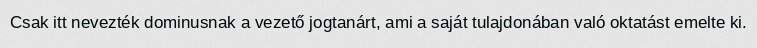
Csak itt nevezték dominusnak a vezető jogtanárt, ami a saját tulajdonában való oktatást emelte ki.